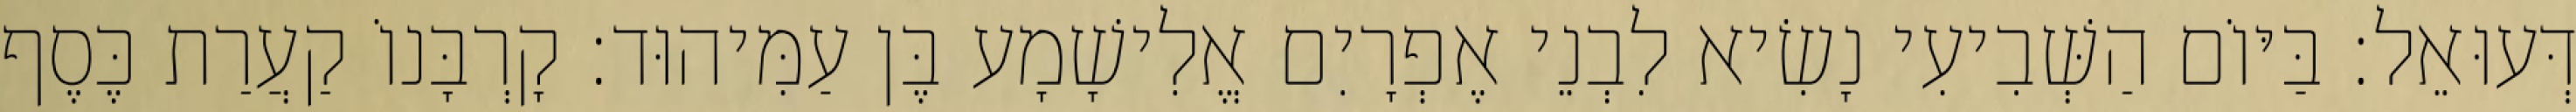
דְּעוּאֵל׃ בַּיּוֹם הַשְּׁבִיעִי נָשִׂיא לִבְנֵי אֶפְרָיִם אֱלִישָׁמָע בֶּן עַמִּיהוּד׃ קָרְבָּנוֹ קַעֲרַת כֶּסֶף